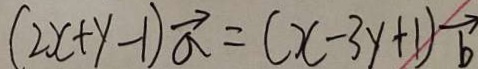
( 2 x + y - 1 ) \overrightarrow { a } = ( x - 3 y + 1 ) \overrightarrow { b }